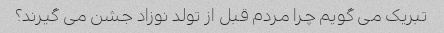
تبریک می گویم چرا مردم قبل از تولد نوزاد جشن می گیرند؟